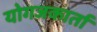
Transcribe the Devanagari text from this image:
योगजकार्ता